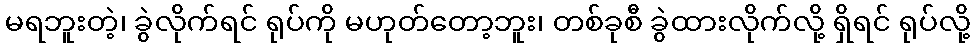
မရဘူးတဲ့၊ ခွဲလိုက်ရင် ရုပ်ကို မဟုတ်တော့ဘူး၊ တစ်ခုစီ ခွဲထားလိုက်လို့ ရှိရင် ရုပ်လို့